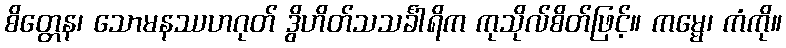
စိတ္တေန၊ သောမနဿဟဂုတ် ဒွိဟိတ်သသင်္ခါရိက ကုသိုလ်စိတ်ဖြင့်။ ကမ္မေ၊ ကံကို။